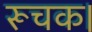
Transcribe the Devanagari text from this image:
रूचक।